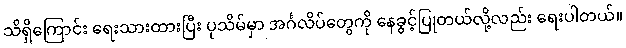
သိရှိကြောင်း ရေးသားထားပြီး ပုသိမ်မှာ အင်္ဂလိပ်တွေကို နေခွင့်ပြုတယ်လို့လည်း ရေးပါတယ်။